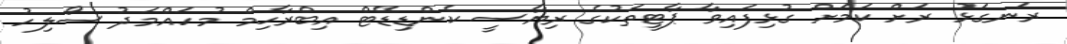
ރަނގަޅު ރަށް ކަމަށް ގުޅިފައިވާ ޕާޓީތަކުގެ ރިޔާސީ ކެންޑިޑޭޓް އިބްރާހިމް މުހައްމަދު ސޯލިހު